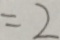
= 2